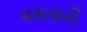
વસવારી